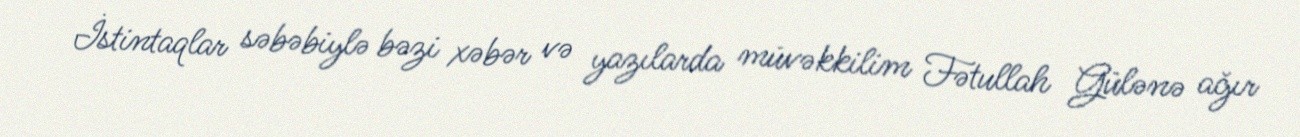
İstintaqlar səbəbiylə bəzi xəbər və yazılarda müvəkkilim Fətullah Gülənə ağır